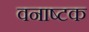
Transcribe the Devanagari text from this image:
वनाष्टक